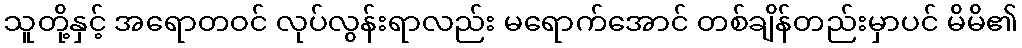
သူတို့နှင့် အရောတဝင် လုပ်လွန်းရာလည်း မရောက်အောင် တစ်ချိန်တည်းမှာပင် မိမိ၏